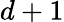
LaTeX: d+1